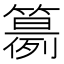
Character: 𥵘